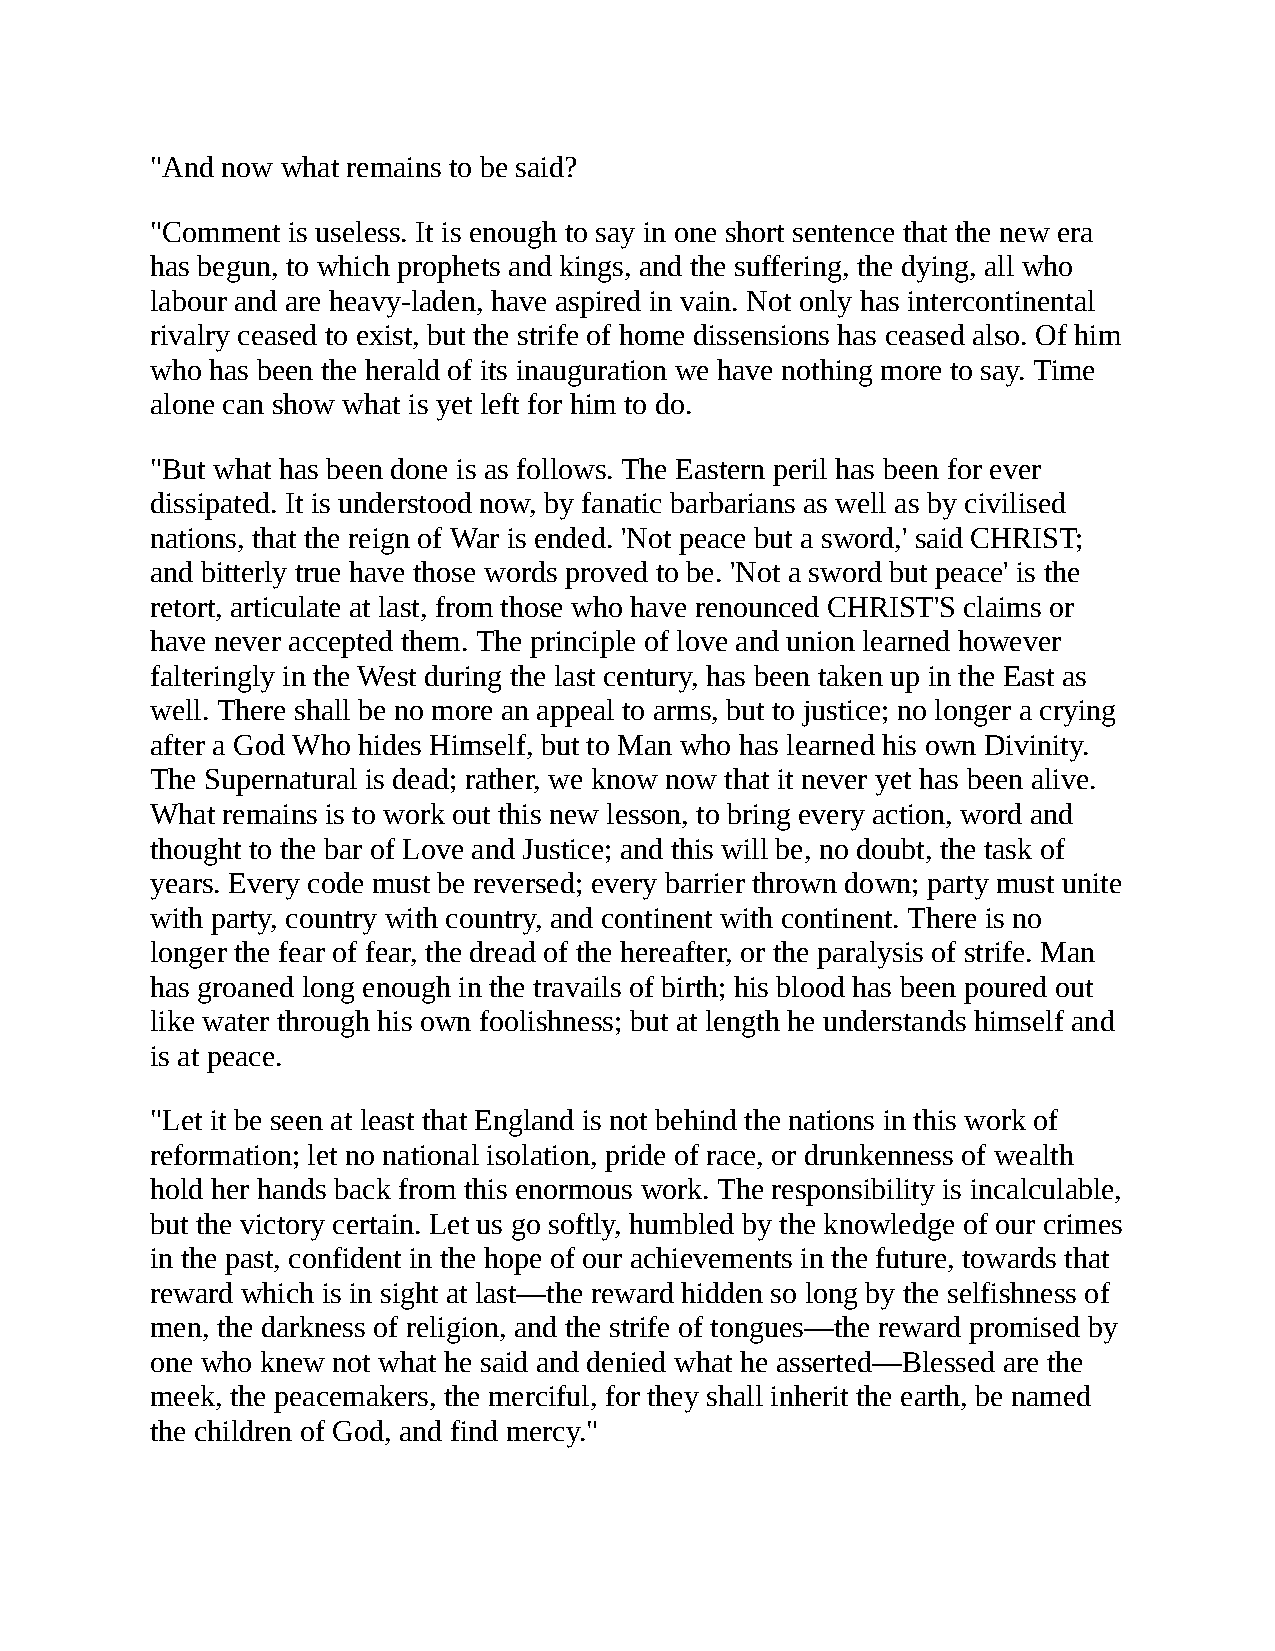
"And now what remains to be said?
 "Comment is useless. It is enough to say in one short sentence that the new era
 has begun, to which prophets and kings, and the suffering, the dying, all who
 labour and are heavy-laden, have aspired in vain. Not only has intercontinental
 rivalry ceased to exist, but the strife of home dissensions has ceased also. Of him
 who has been the herald of its inauguration we have nothing more to say. Time
 alone can show what is yet left for him to do.
 "But what has been done is as follows. The Eastern peril has been for ever
 dissipated. It is understood now, by fanatic barbarians as well as by civilised
 nations, that the reign of War is ended. 'Not peace but a sword,' said CHRIST;
 and bitterly true have those words proved to be. 'Not a sword but peace' is the
 retort, articulate at last, from those who have renounced CHRIST'S claims or
 have never accepted them. The principle of love and union learned however
 falteringly in the West during the last century, has been taken up in the East as
 well. There shall be no more an appeal to arms, but to justice; no longer a crying
 after a God Who hides Himself, but to Man who has learned his own Divinity.
 The Supernatural is dead; rather, we know now that it never yet has been alive.
 What remains is to work out this new lesson, to bring every action, word and
 thought to the bar of Love and Justice; and this will be, no doubt, the task of
 years. Every code must be reversed; every barrier thrown down; party must unite
 with party, country with country, and continent with continent. There is no
 longer the fear of fear, the dread of the hereafter, or the paralysis of strife. Man
 has groaned long enough in the travails of birth; his blood has been poured out
 like water through his own foolishness; but at length he understands himself and
 is at peace.
 "Let it be seen at least that England is not behind the nations in this work of
 reformation; let no national isolation, pride of race, or drunkenness of wealth
 hold her hands back from this enormous work. The responsibility is incalculable,
 but the victory certain. Let us go softly, humbled by the knowledge of our crimes
 in the past, confident in the hope of our achievements in the future, towards that
 reward which is in sight at last—the reward hidden so long by the selfishness of
 men, the darkness of religion, and the strife of tongues—the reward promised by
 one who knew not what he said and denied what he asserted—Blessed are the
 meek, the peacemakers, the merciful, for they shall inherit the earth, be named
 the children of God, and find mercy."